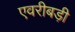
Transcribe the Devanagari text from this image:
एवरीबड़ी